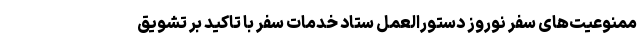
ممنوعیت‌های سفر نوروز دستورالعمل ستاد خدمات سفر با تاکید بر تشویق